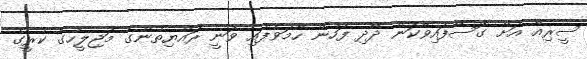
ސީރިއާ އަށް ގޮސްފައިވާކަން ދާދި ފަހުން ހާމަވެފައި ވަނީ ރައްޔިތުންގެ މަޖިލީހުގެ ކުރީގެ